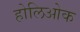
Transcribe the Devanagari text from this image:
होलिओक